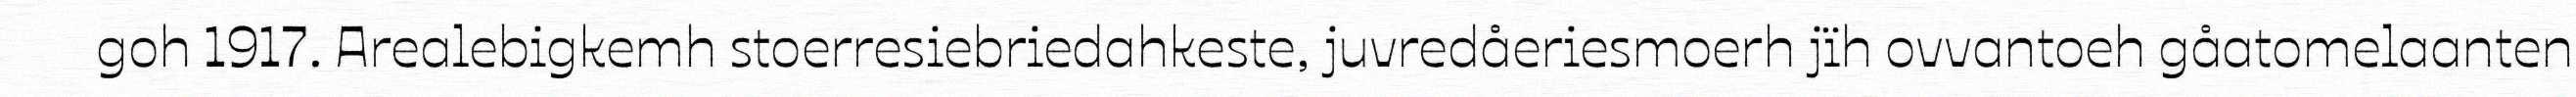
goh 1917. Arealebigkemh stoerresiebriedahkeste, juvredåeriesmoerh jïh ovvantoeh gåatomelaanten